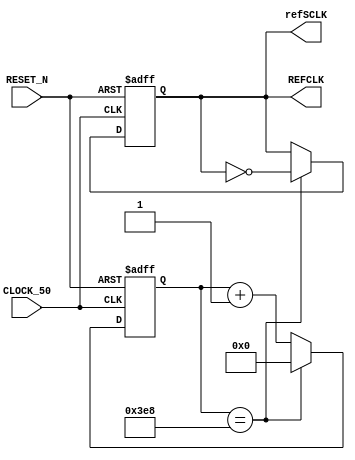
module Gen_CLK(
CLOCK_50,
RESET_N,
REFCLK,
refSCLK
);

input CLOCK_50;
input RESET_N;
output REFCLK;
output refSCLK;

reg CLKreg;
reg [11:0]count;

always@( posedge CLOCK_50 or negedge RESET_N)begin	
	if ( RESET_N == 1'b0)begin
		CLKreg <= 1'b0;
		count <= 12'b0;
	end else begin
	if (count == 12'd1000) begin
		count <= 12'b0;
		CLKreg <= ~CLKreg;
	end else begin
		count <= count + 1'b1;
	end
	end
end

assign refSCLK = REFCLK;
assign REFCLK = CLKreg;

endmodule